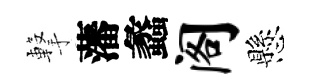
撃藩蠡阁懸